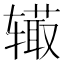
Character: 𨐉